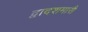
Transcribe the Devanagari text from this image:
द्वादशमासै